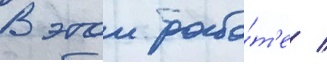
В этои рабо́т'е /